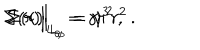
\Sigma ( r ) \Big | _ { L _ { \theta } } = \gamma r ^ { 2 } \, , \kern 1 i n \Sigma ( r ) \Big | _ { L _ { \phi } } = \gamma ^ { 3 } r ^ { 2 } \, .